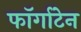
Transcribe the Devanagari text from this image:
फॉर्गाटेन